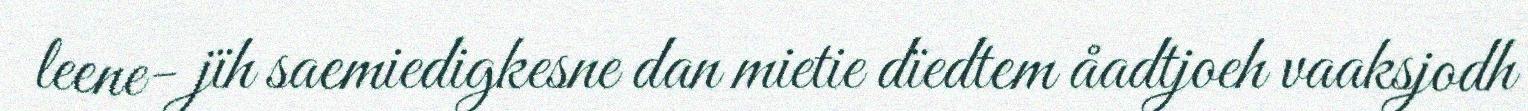
leene- jïh saemiedigkesne dan mietie dïedtem åadtjoeh vaaksjodh